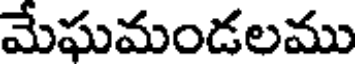
మేఘమండలము